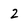
Character: 2